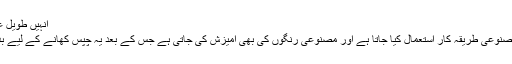
انہیں طویل عرصے تک محفوظ
رکھنے کے لیے مصنوعی طریقہ کار استعمال کیا جاتا ہے اور مصنوعی رنگوں کی بھی آمیزش کی جاتی ہے جس کے بعد یہ چپس کھانے کے لیے بدترین بن جاتے ہیں۔